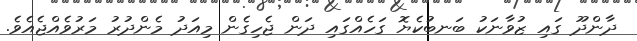
ދާންދޫ ގައި ޒުވާނަކު ބަނބުކެޔޮ ގަހެއްގައި ދަން ޖެހިގެން މިއަދު މެންދުރު މަރުވެއްޖެއެވެ.